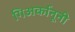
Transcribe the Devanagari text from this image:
गिअर्कानूनी